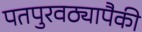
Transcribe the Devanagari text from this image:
पतपुरवठ्यापैकी